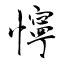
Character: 懧